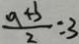
\frac { 9 + 3 } { 2 } = 3